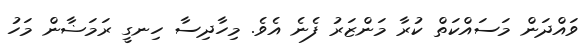
ވައްދަން މަސައްކަތް ކުރާ މަންޒަރު ފެނެ އެވެ. މިހާދިސާ ހިނގީ ރަމަޟާން މަހު